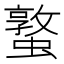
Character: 𮕁